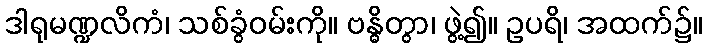
ဒါရုမဏ္ဍလိကံ၊ သစ်ခွံဝမ်းကို။ ဗန္ဓိတွာ၊ ဖွဲ့၍။ ဥပရိ၊ အထက်၌။